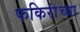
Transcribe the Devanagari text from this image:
फकिरांच्या